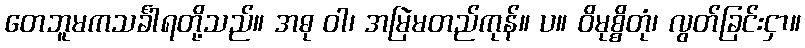
တေဘူမကသင်္ခါရတို့သည်။ အဓု ဝါ၊ အမြဲမတည်ကုန်။ ပ။ ဝိမုစ္စိတုံ၊ လွတ်ခြင်းငှာ။